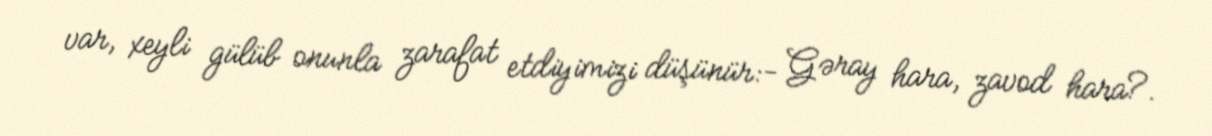
var, xeyli gülüb onunla zarafat etdiyimizi düşünür:- Gəray hara, zavod hara?.